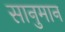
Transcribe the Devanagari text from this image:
सानुमान